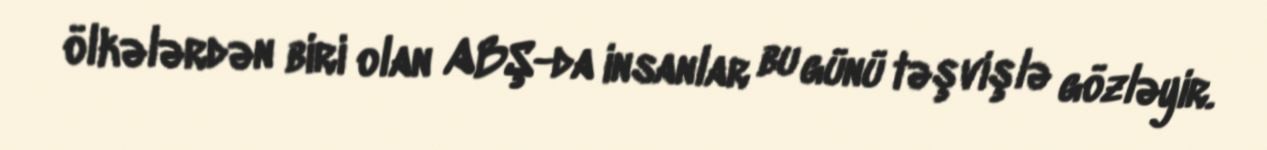
ölkələrdən biri olan ABŞ-da insanlar bu günü təşvişlə gözləyir.